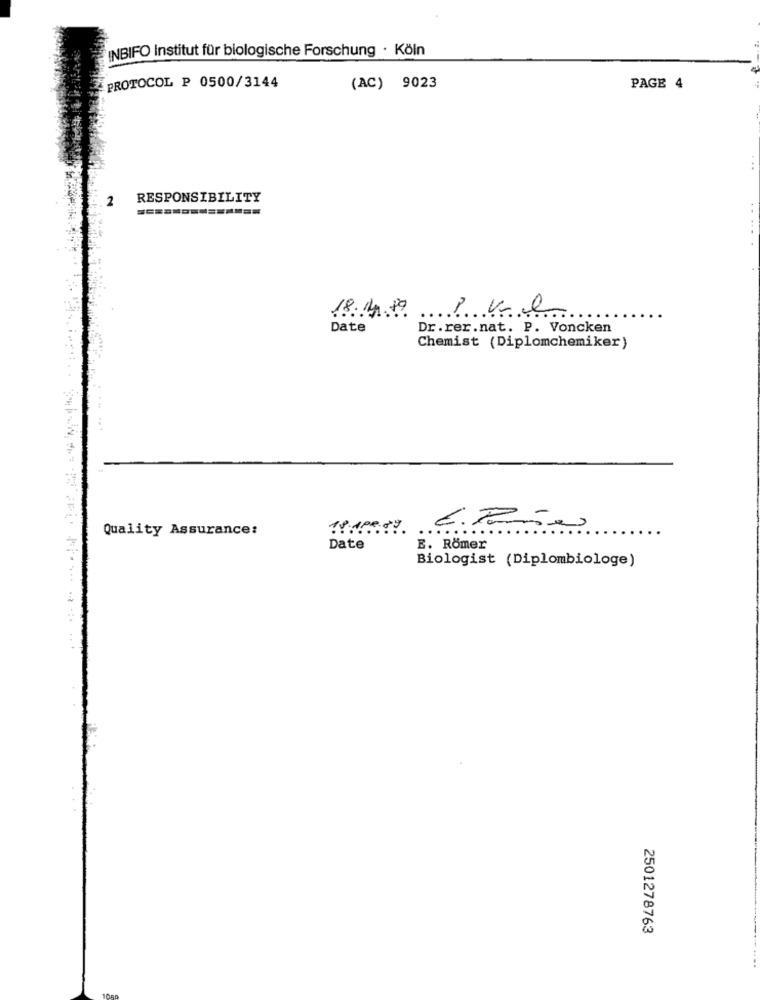
INBIFO Institut für biologische Forschung · Köln
PROTOCOL P 0500/3144
(AC) 9023
PAGE 4
...
2
RESPONSIBILITY
==============
18.19.80
Date
Dr.rer.nat. P. Voncken
Chemist (Diplomchemiker)
Quality Assurance:
Date
E. Römer
Biologist (Diplombiologe)
2501278763